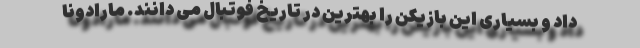
داد و بسیاری این بازیکن را بهترین در تاریخ فوتبال می دانند. مارادونا